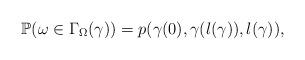
LaTeX: \begin{align*}\mathbb{P}(\omega\in\Gamma_{\Omega}(\gamma))=p(\gamma(0),\gamma(l(\gamma)),l(\gamma)),\end{align*}